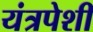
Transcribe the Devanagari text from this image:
यंत्रपेशी